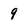
Character: 9